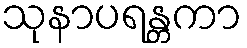
သုနာပရန္တကာ